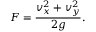
F = \frac { v _ { x } ^ { 2 } + v _ { y } ^ { 2 } } { 2 g } .